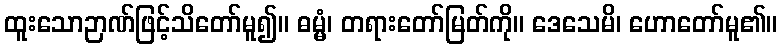
ထူးသောဉာဏ်ဖြင့်သိတော်မူ၍။ ဓမ္မံ၊ တရားတော်မြတ်ကို။ ဒေသေမိ၊ ဟောတော်မူ၏။